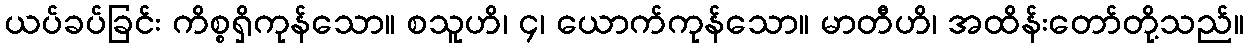
ယပ်ခပ်ခြင်း ကိစ္စရှိကုန်သော။ စသူဟိ၊ ၄၊ ယောက်ကုန်သော။ မာတီဟိ၊ အထိန်းတော်တို့သည်။